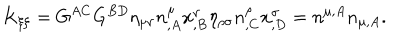
K _ { \xi \xi } = G ^ { A C } G ^ { B D } \eta _ { \mu \nu } n _ { , A } ^ { \mu } x _ { , B } ^ { \nu } \eta _ { \rho \sigma } n _ { , C } ^ { \rho } x _ { , D } ^ { \sigma } = n ^ { \mu , A } n _ { \mu , A } .